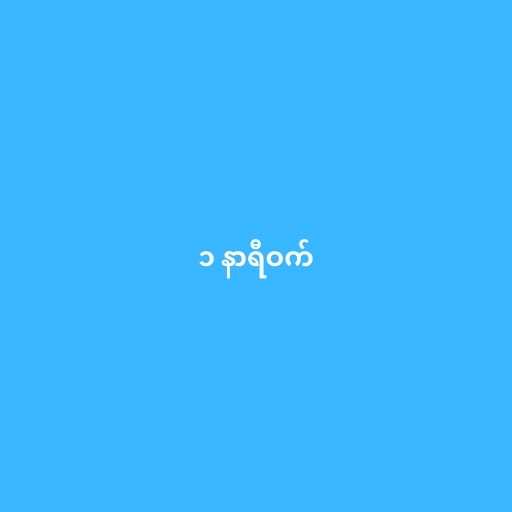
၁ နာရီဝက်